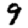
Digit: 9